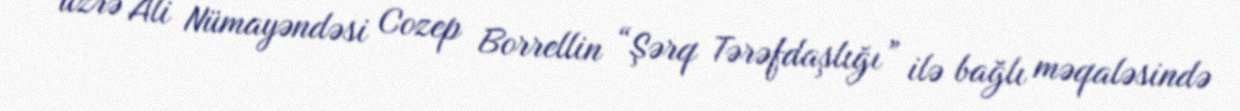
üzrə Ali Nümayəndəsi Cozep Borrellin “Şərq Tərəfdaşlığı” ilə bağlı məqaləsində